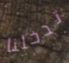
تدخلنا